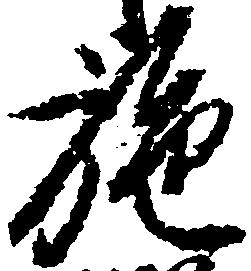
施